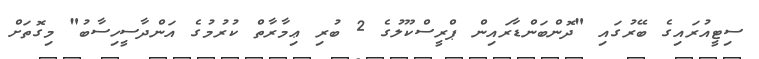
ސިޓީއުރައިގެ ބޭރުގައި "ދޮންބަންޑާރައިން ޕްރީސްކޫލުގެ 2 ބުރި ޢިމާރާތް ކުރުމުގެ އަންދާސީހިސާބު" މިގޮތަށް